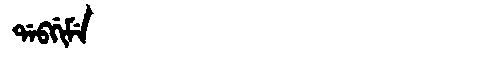
Manchu: ᡩᠠᠪᡤᡳᠮᡝ
Romanization: DABGIME